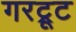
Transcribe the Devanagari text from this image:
गरट्रूट